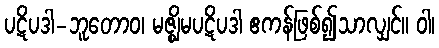
ပဋိပဒါ-ဘူတောဝ၊ မဇ္ဈိမပဋိပဒါ ဧကန်ဖြစ်၍သာလျှင်။ ဝါ၊